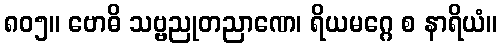
၈၀၅။ ဗောဓိ သဗ္ဗညုတညာဏေ၊ ရိယမဂ္ဂေ စ နာရိယံ။